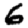
Digit: 6